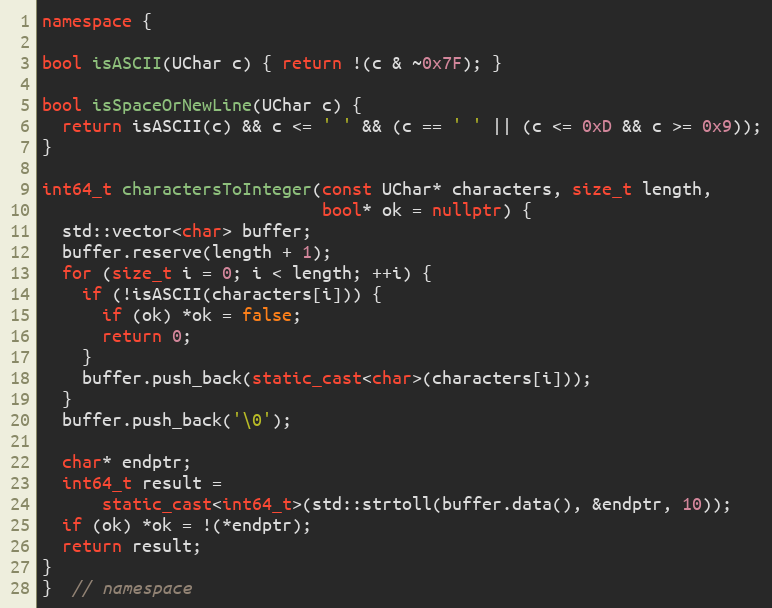
Language: C++
namespace {

bool isASCII(UChar c) { return !(c & ~0x7F); }

bool isSpaceOrNewLine(UChar c) {
  return isASCII(c) && c <= ' ' && (c == ' ' || (c <= 0xD && c >= 0x9));
}

int64_t charactersToInteger(const UChar* characters, size_t length,
                            bool* ok = nullptr) {
  std::vector<char> buffer;
  buffer.reserve(length + 1);
  for (size_t i = 0; i < length; ++i) {
    if (!isASCII(characters[i])) {
      if (ok) *ok = false;
      return 0;
    }
    buffer.push_back(static_cast<char>(characters[i]));
  }
  buffer.push_back('\0');

  char* endptr;
  int64_t result =
      static_cast<int64_t>(std::strtoll(buffer.data(), &endptr, 10));
  if (ok) *ok = !(*endptr);
  return result;
}
}  // namespace